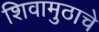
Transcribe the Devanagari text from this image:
शिवामुठाचे